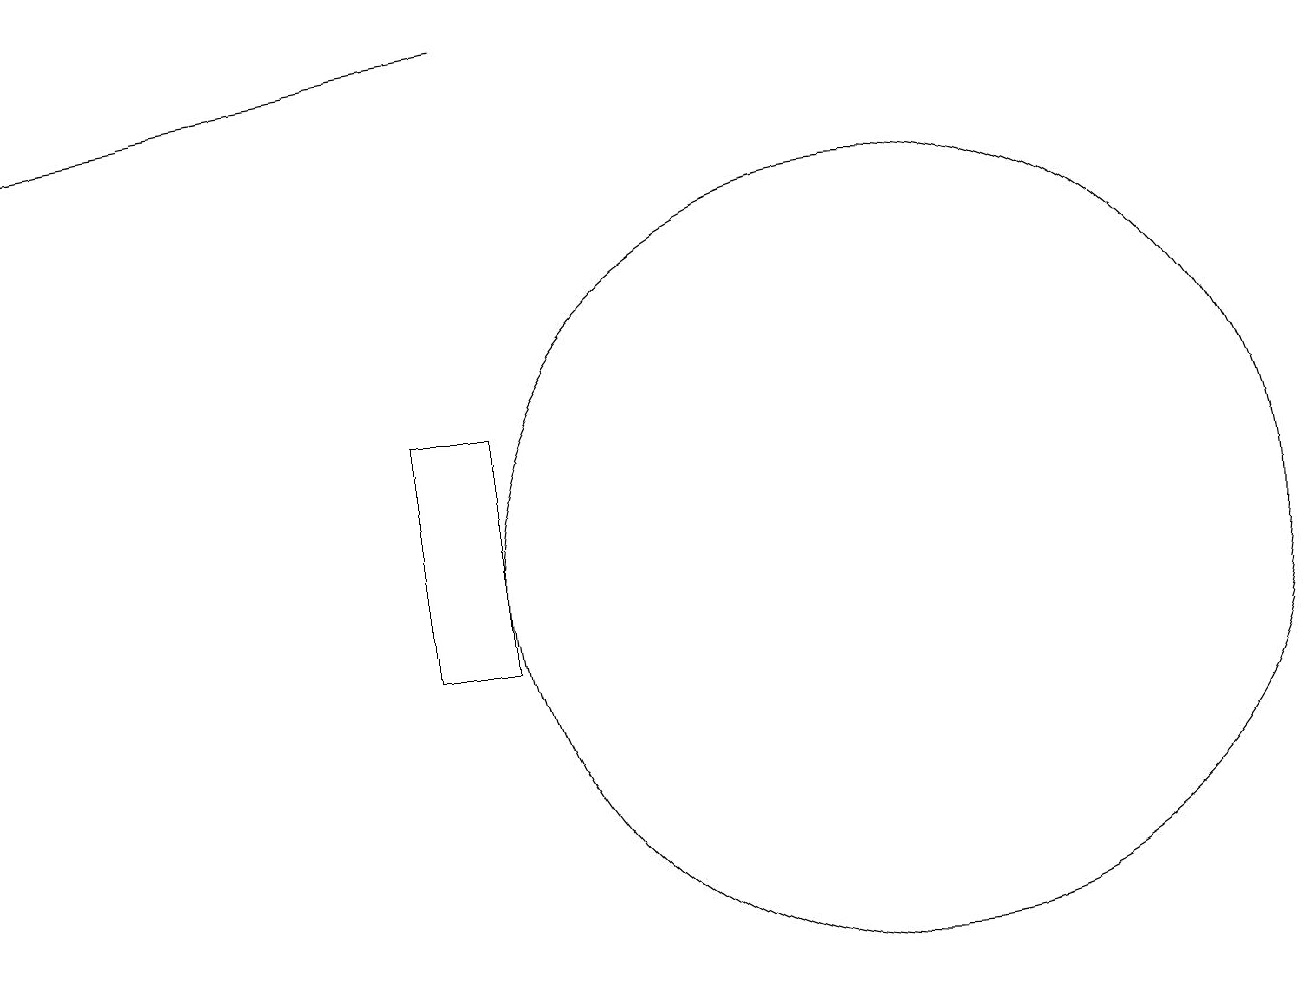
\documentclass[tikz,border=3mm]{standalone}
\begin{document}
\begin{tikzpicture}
\draw (7,10) rectangle (6,13);
\draw[->] (7,18) -- (1,17);
\draw (12,11) circle (5);
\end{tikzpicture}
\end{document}